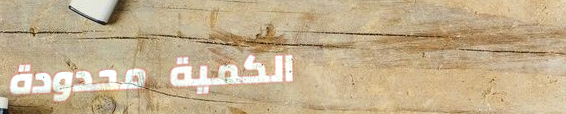
الكمية محدودة